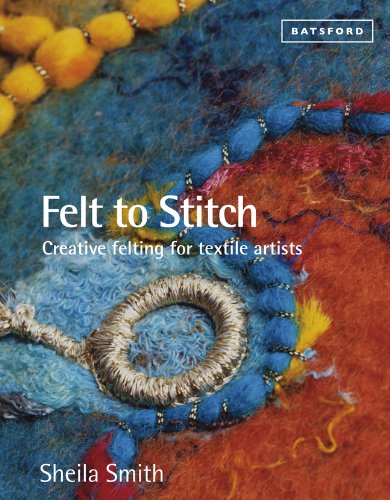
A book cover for Felt to Stitch: Creative Felting for Textile Artists; Sheila Smith; Crafts, Hobbies & Home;